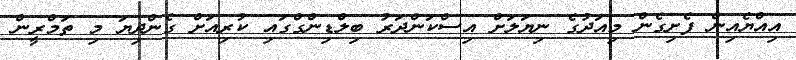
އިއްޔެއިން ފެށިގެން މިއަދުގެ ނިޔަލަށް އިސްކަންދަރު ބިލްޑިންގްގައި ކުރިއަށް ގެންދިޔަ މި ތަމްރީން